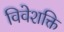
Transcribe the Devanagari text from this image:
विवेशक्ति